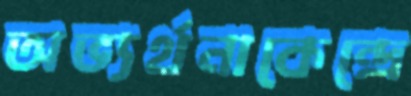
অভ্যর্থনাকেন্দ্রে